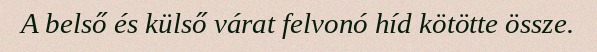
A belső és külső várat felvonó híd kötötte össze.